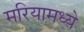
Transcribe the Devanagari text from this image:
मरियामध्ये